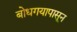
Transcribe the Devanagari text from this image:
बोधगयापासून